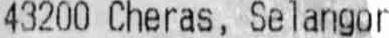
43200 CHERAS, SELANGOR